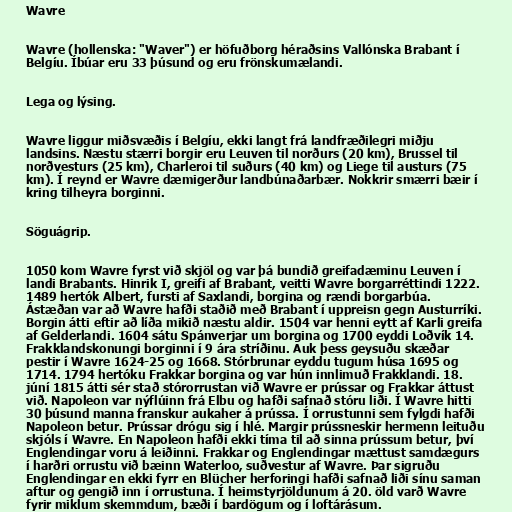
Wavre

Wavre (hollenska: "Waver") er höfuðborg héraðsins Vallónska Brabant í
Belgíu. Íbúar eru 33 þúsund og eru frönskumælandi.

Lega og lýsing.

Wavre liggur miðsvæðis í Belgíu, ekki langt frá landfræðilegri miðju
landsins. Næstu stærri borgir eru Leuven til norðurs (20 km), Brussel til
norðvesturs (25 km), Charleroi til suðurs (40 km) og Liege til austurs (75
km). Í reynd er Wavre dæmigerður landbúnaðarbær. Nokkrir smærri bæir í
kring tilheyra borginni.

Söguágrip.

1050 kom Wavre fyrst við skjöl og var þá bundið greifadæminu Leuven í
landi Brabants. Hinrik I, greifi af Brabant, veitti Wavre borgarréttindi 1222.
1489 hertók Albert, fursti af Saxlandi, borgina og rændi borgarbúa.
Ástæðan var að Wavre hafði staðið með Brabant í uppreisn gegn Austurríki.
Borgin átti eftir að líða mikið næstu aldir. 1504 var henni eytt af Karli greifa
af Gelderlandi. 1604 sátu Spánverjar um borgina og 1700 eyddi Loðvík 14.
Frakklandskonungi borginni í 9 ára stríðinu. Auk þess geysuðu skæðar
pestir í Wavre 1624-25 og 1668. Stórbrunar eyddu tugum húsa 1695 og
1714. 1794 hertóku Frakkar borgina og var hún innlimuð Frakklandi. 18.
júní 1815 átti sér stað stórorrustan við Wavre er prússar og Frakkar áttust
við. Napoleon var nýflúinn frá Elbu og hafði safnað stóru liði. Í Wavre hitti
30 þúsund manna franskur aukaher á prússa. Í orrustunni sem fylgdi hafði
Napoleon betur. Prússar drógu sig í hlé. Margir prússneskir hermenn leituðu
skjóls í Wavre. En Napoleon hafði ekki tíma til að sinna prússum betur, því
Englendingar voru á leiðinni. Frakkar og Englendingar mættust samdægurs
í harðri orrustu við bæinn Waterloo, suðvestur af Wavre. Þar sigruðu
Englendingar en ekki fyrr en Blücher herforingi hafði safnað liði sínu saman
aftur og gengið inn í orrustuna. Í heimstyrjöldunum á 20. öld varð Wavre
fyrir miklum skemmdum, bæði í bardögum og í loftárásum.